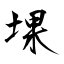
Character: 堁